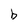
Character: b